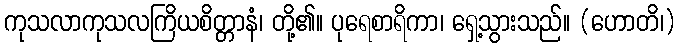
ကုသလာကုသလကြိယစိတ္တာနံ၊ တို့၏။ ပုရေစာရိကာ၊ ရှေ့သွားသည်။ (ဟောတိ၊)